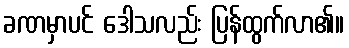
ခဏမှာပင် ဒေါသလည်း ပြန်ထွက်လာ၏။